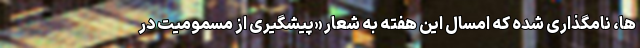
ها، نامگذاری شده که امسال این هفته به ‌شعار «پیشگیری از مسمومیت در